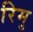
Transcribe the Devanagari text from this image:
रिमु